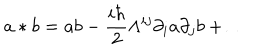
a * b = a b - \frac { i \hbar } 2 \Lambda ^ { i j } \partial _ { i } a \partial _ { j } b + \ldots